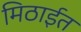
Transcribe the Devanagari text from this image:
मिठाईत